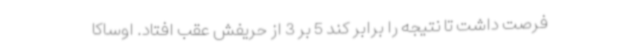
فرصت داشت تا نتیجه را برابر کند 5 بر 3 از حریفش عقب افتاد. اوساکا